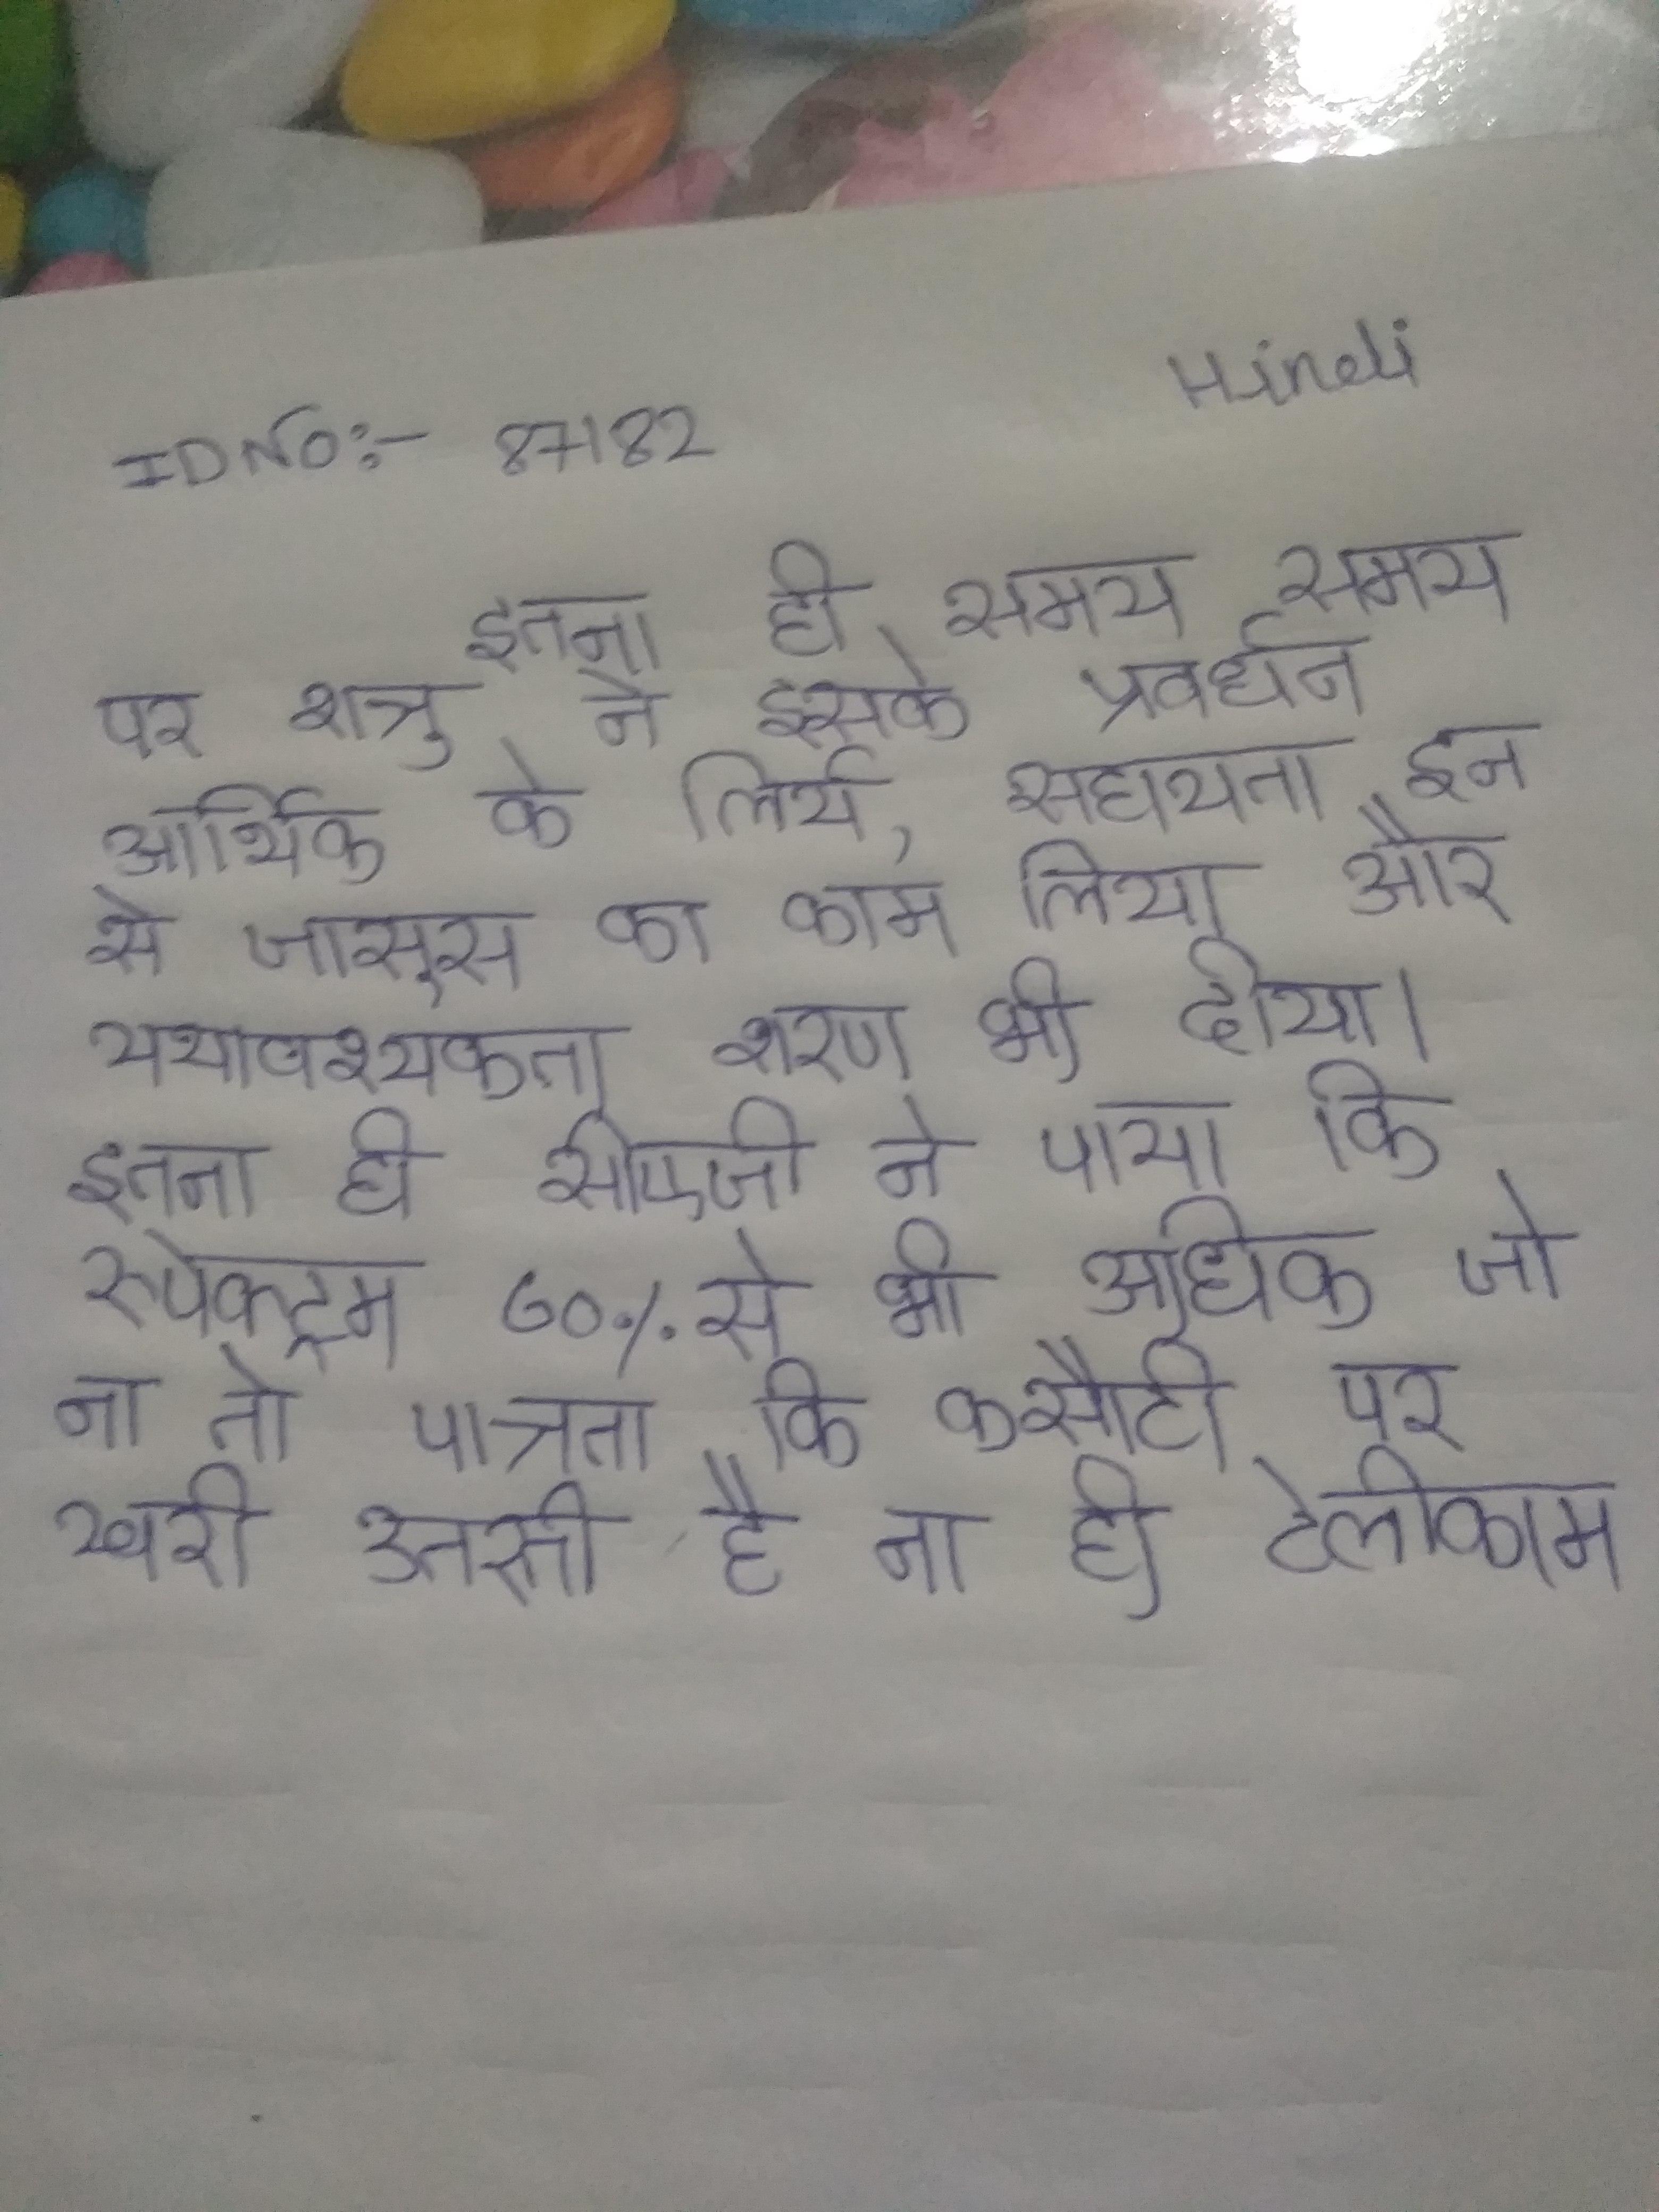
इतना ही समय समय पर शत्रु ने इसके प्रवर्धन आर्थिक के लिये, सहायता इन से जासूस का काम लिया और यथावश्यकता शरण भी दीया । इतना ही सीएजी ने पाया कि स्पेक्ट्रम ७०% से भी अधिक जो ना तो पात्रता कि कसौटी पर खरी उतरती है ना ही टेलीकाम के नियम व शर्ते पूरी करती है ।